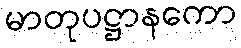
မာတုပဋ္ဌာနကော